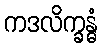
ကဒလိက္ခန္ဓံ